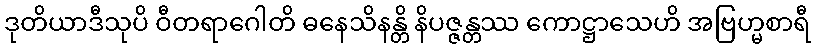
ဒုတိယာဒီသုပိ ဝီတရာဂေါတိ ဓနေသိနန္တိ နိပဇ္ဇန္တဿ ကောဋ္ဌာသေဟိ အဗြဟ္မစာရီ